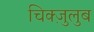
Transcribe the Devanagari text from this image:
चिक्ज़ुलुब